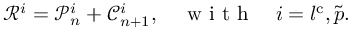
\mathscr { R } ^ { i } = \mathscr { P } _ { n } ^ { i } + \mathscr { C } _ { n + 1 } ^ { i } , \quad \mathrm { ~ w ~ i ~ t ~ h ~ } \quad i = l ^ { \mathrm { c } } , \tilde { p } .